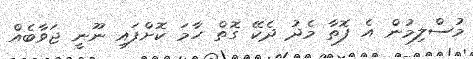
މުސްލިމުން އެ ފޮތާ މެދު ދެކޭ ގޮތް ހާމަ ކޮށްފައި ނޫނީ ޖަވާބެއް